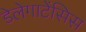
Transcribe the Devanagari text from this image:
डेलेगाटेंसिस